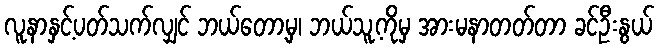
လူနာနှင့်ပတ်သက်လျှင် ဘယ်တော့မှ၊ ဘယ်သူ့ကိုမှ အားမနာတတ်တာ ခင်ဦးနွယ်